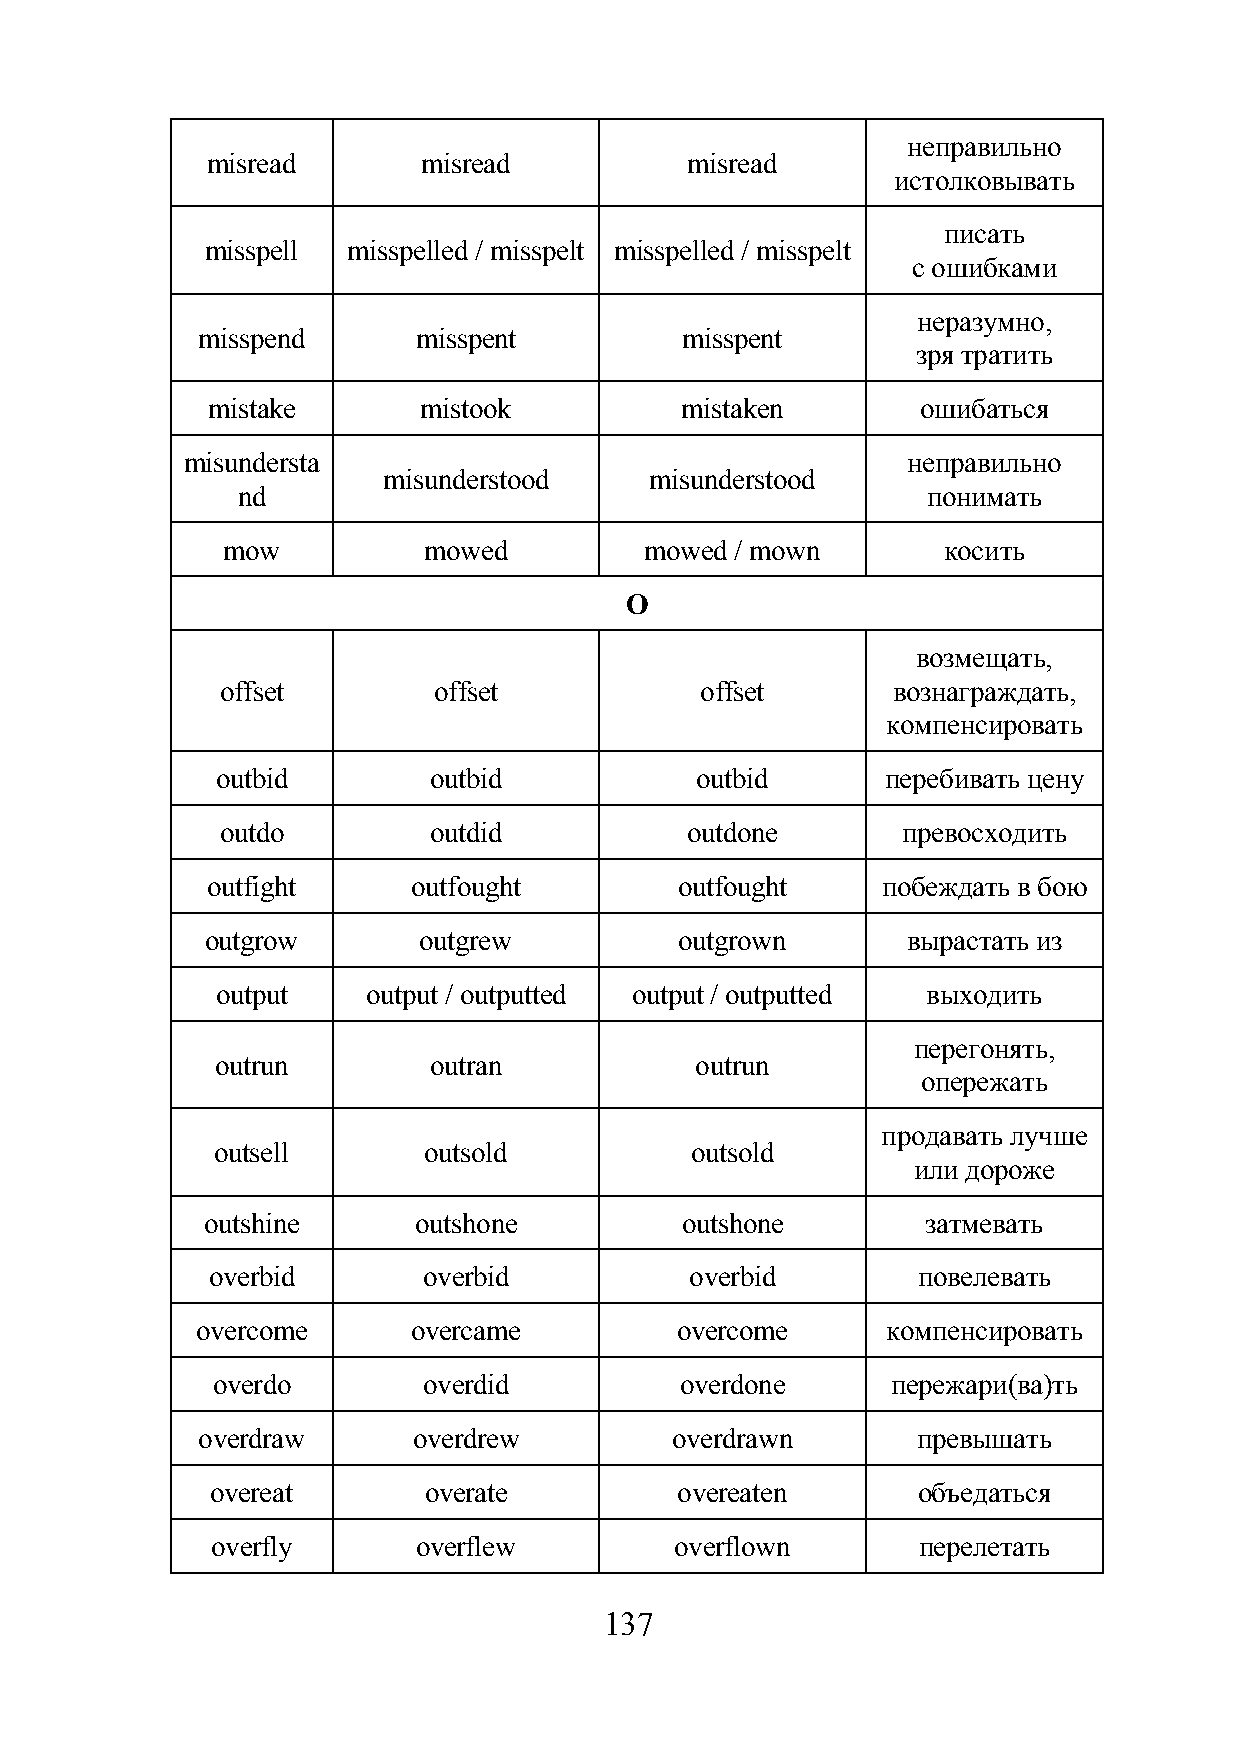
неправильно
 misread       misread          misread
 истолковывать
 писать
 misspell misspelled / misspelt misspelled / misspelt
 с ошибками
 неразумно,
 misspend       misspent         misspent
 зря тратить
 mistake       mistook          mistaken        ошибаться
 misundersta                                     неправильно
 misunderstood     misunderstood
 nd                                           понимать
 mow          mowed          mowed / mown       косить
 O
 возмещать,
 offset        offset           offset       вознаграждать,
 компенсировать
 outbid        outbid            outbid       перебивать цену
 outdo        outdid           outdone        превосходить
 outfight     outfought         outfought    побеждать в бою
 outgrow       outgrew          outgrown       вырастать из
 output    output / outputted output / outputted выходить
 перегонять,
 outrun        outran            outrun
 опережать
 продавать лучше
 outsell       outsold           outsold
 или дороже
 outshine      outshone          outshone        затмевать
 overbid       overbid           overbid        повелевать
 overcome      overcame          overcome      компенсировать
 overdo        overdid          overdone      пережари(ва)ть
 overdraw      overdrew         overdrawn        превышать
 overeat       overate          overeaten       объедаться
 overfly       overflew         overflown       перелетать
 137